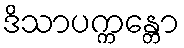
ဒိသာပက္ကန္တော